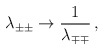
\begin{align*}\lambda_{\pm\pm}\rightarrow{1\over\lambda_{\mp\mp}} \,,\end{align*}